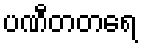
ပဏီတတရေ